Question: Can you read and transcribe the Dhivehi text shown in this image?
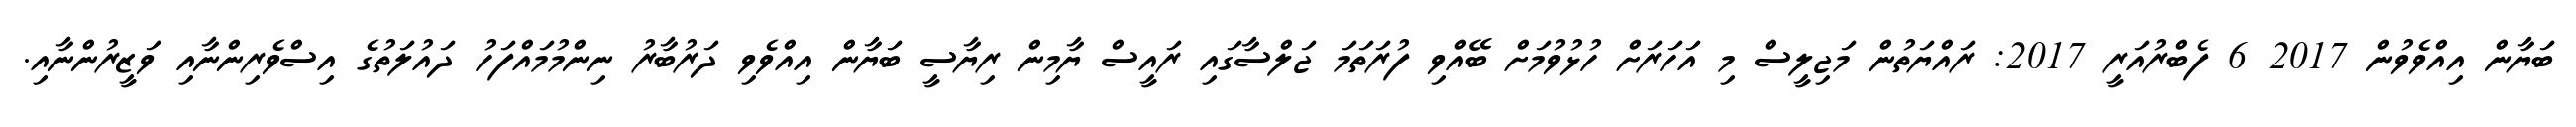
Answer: ބަޔާން އިއްވެވުން 2017 6 ފެބްރުއަރީ 2017: ރައްޔަތުން މަޖިލީސް މި އަހަރަށް ހުޅުވުމަށް ބޭއްވި ފުރަތަމަ ޖަލްސާގައި ރައީސް ޔާމިން ރިޔާސީ ބަޔާން އިއްވެވި ދަރުބާރު ނިންމުމައްފަހު ދައުލަތުގެ އިސްވެރިންނާއި ވަޒީރުންނާއި.